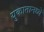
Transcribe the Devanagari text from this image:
युकातानध्ये